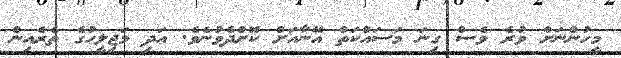
މީހުންނަށް ވުރެ ވެސް ގިނަ މަސައްކަތް އޭނާއަށް ކޮށްދެވުނެވެ. އަދި މަޖިލީހުގެ ތެރެއިން